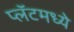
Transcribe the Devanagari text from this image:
प्लॅटमध्ये